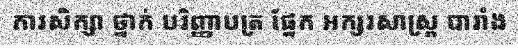
ការសិក្សា ថ្នាក់ បរិញ្ញាបត្រ ផ្នែក អក្សរសាស្ត្រ បារាំង